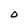
Character: 0